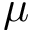
\mu